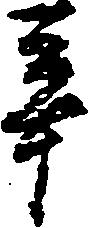
辛